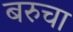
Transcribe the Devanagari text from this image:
बरुचा